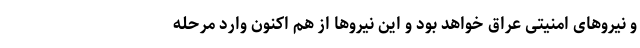
و نیروهای امنیتی عراق خواهد بود و این نیروها از هم اکنون وارد مرحله